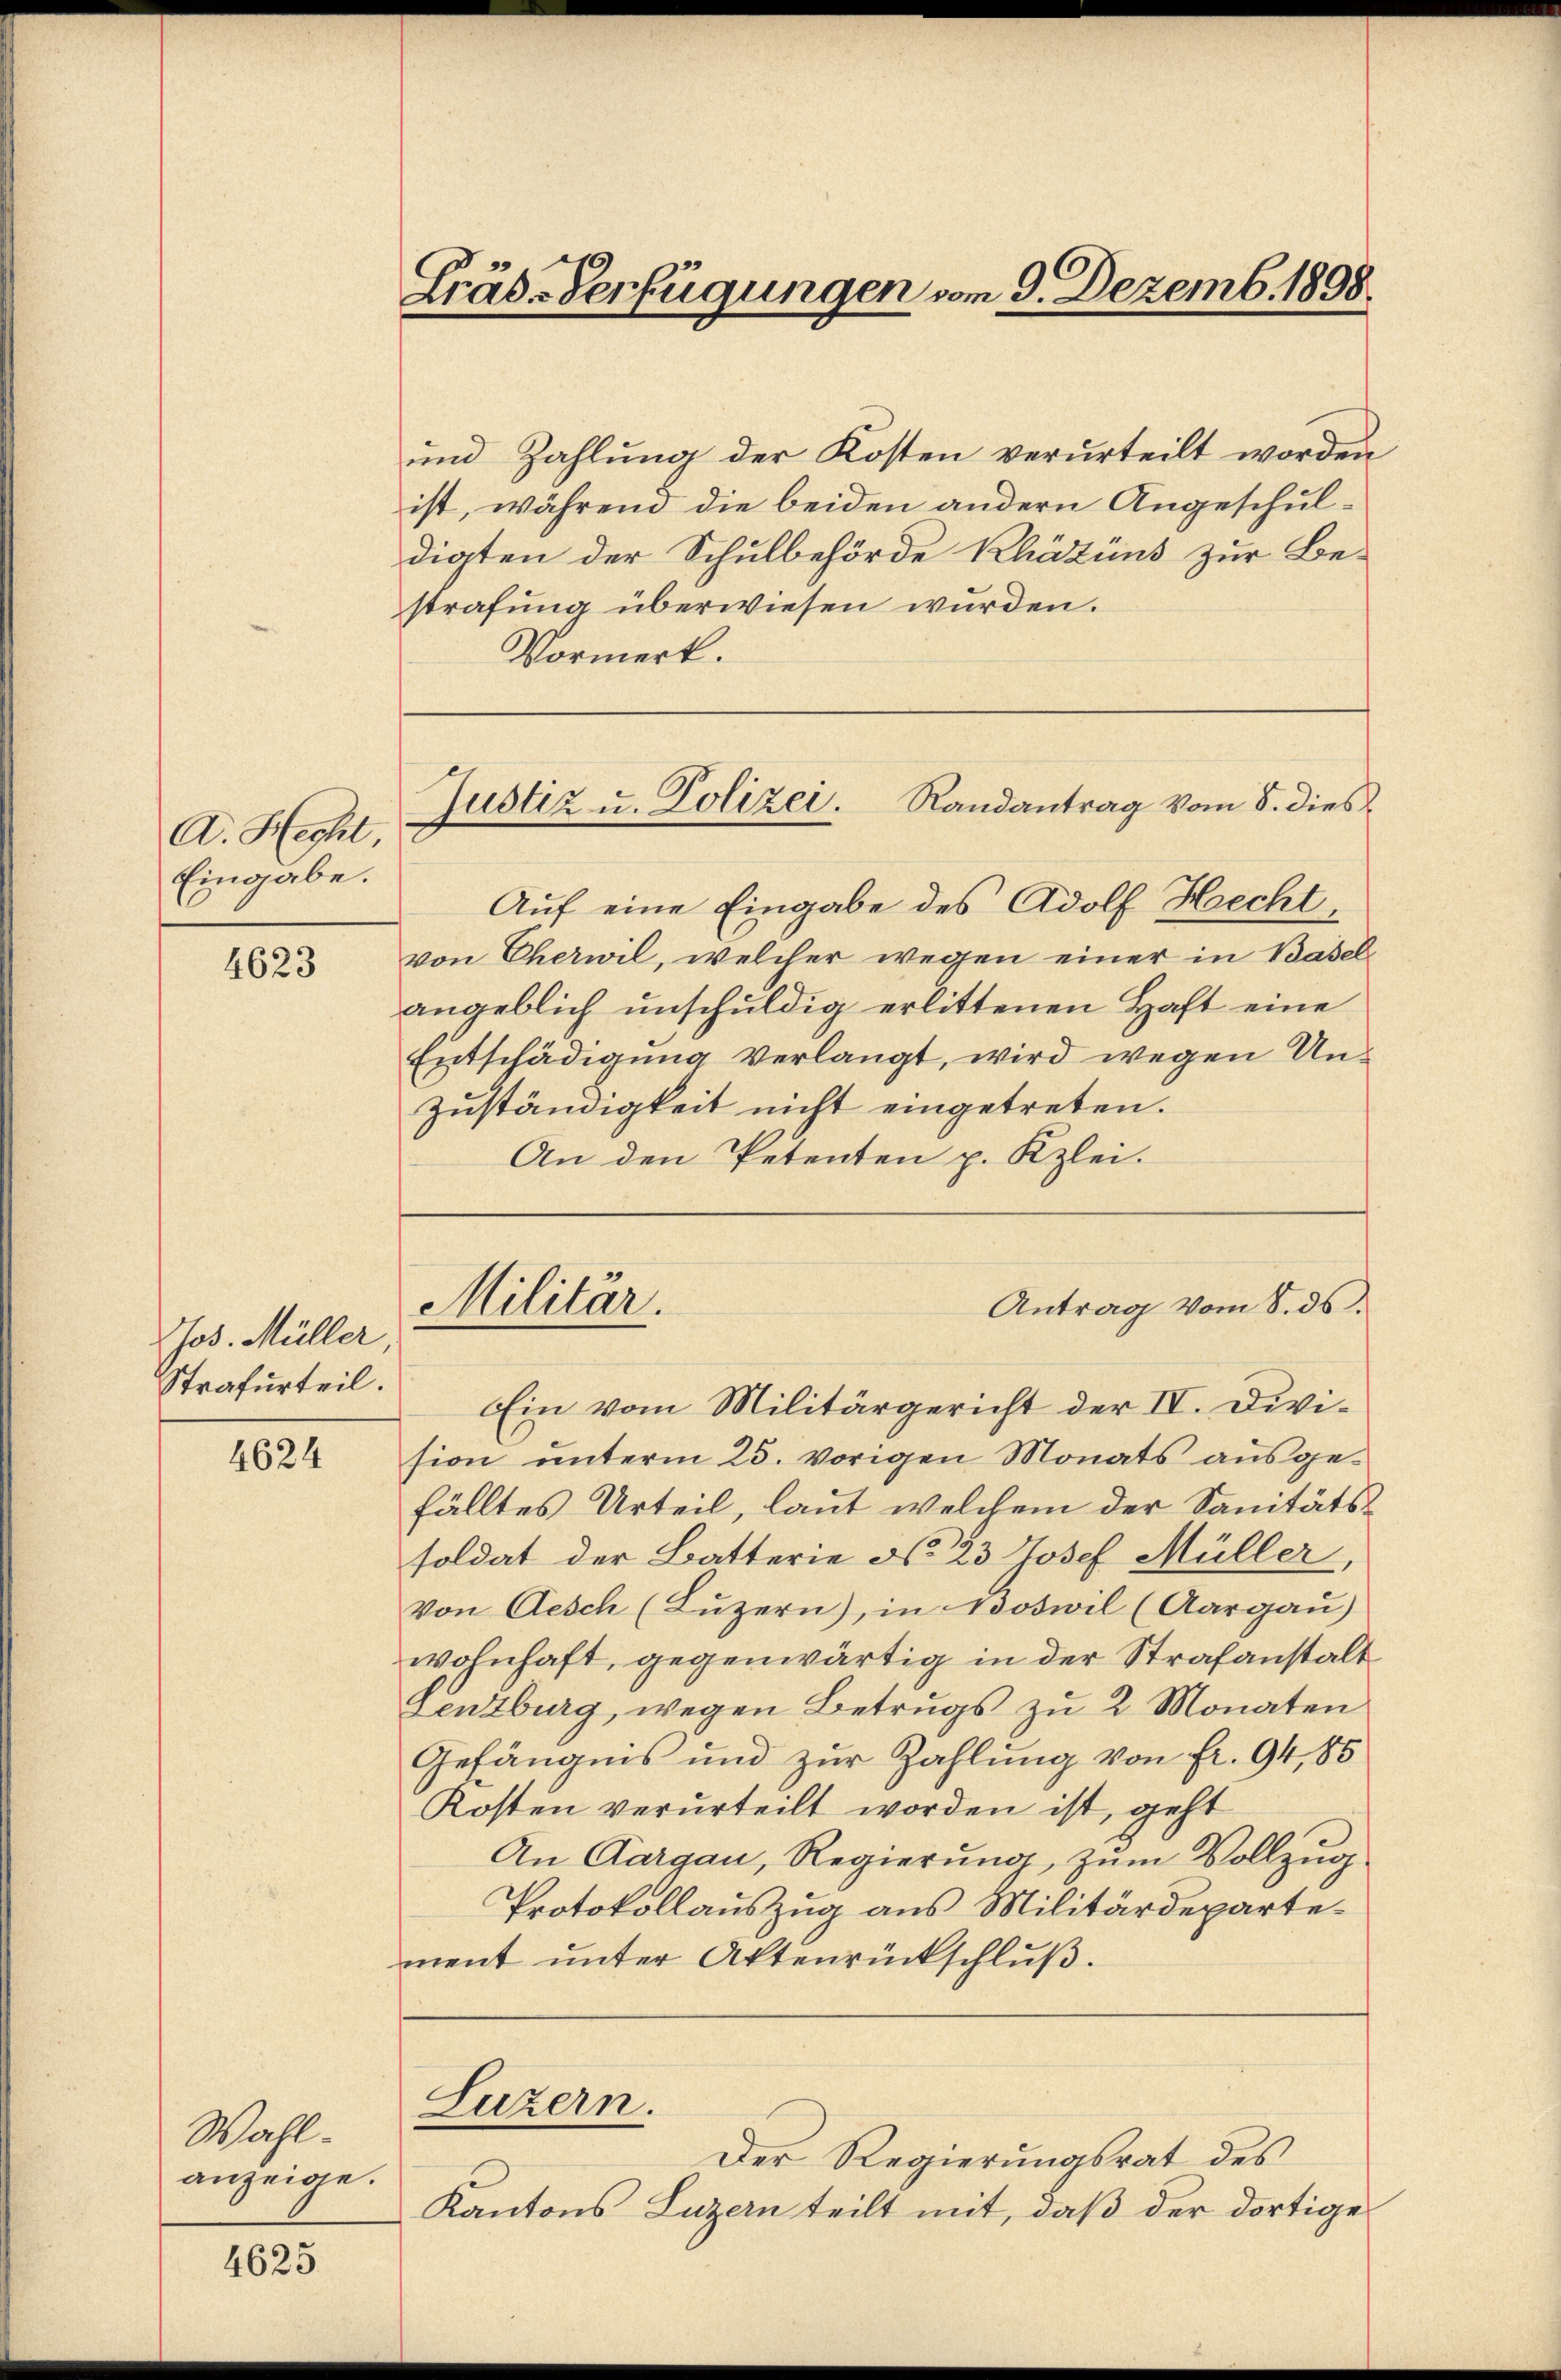
A. Hecht,
Eingabe.

4623

Jos. Müller,
Strafurteil.

4624

Wahlanzeige.

4625

Gräs-Verfügungen vom 9. Dezemb. 1898.

und Zahlŭng der Kosten verurteilt worden
ist, während die beiden andern Angeschuldigten der Schulbehörde Khäzüns zur Be-
strafung überwiesen wurden.
Vormerk.
Auf eine Eingabe des Adolf Hechtvon Cherwil, welcher wegen einer in Baselangeblich unschuldig erlittenen Haft eine
Entschädigung verlangt, wird wegen Un¬
Zuständigkeit nicht eingetreten.
An den Petenten p. Kzlei-
Antrag vom 8. ds.
Ein vom Militärgericht der IV. Division unterm 25. vorigen Monats ausgefälltes Urteil, laut welchem der Sanitätssoldat der Batterie No. 23 Josef Müller,
Von Aesch (Luzern), in Boswil (Aargau)
wohnhaft, gegenwärtig in der Strafanstalt
Lenzburg, wegen Betrugs zu 2 Monaten
Gefängnis und zur Zahlung von fr. 94,85
Kosten verurteilt worden ist, geht
An Aargau, Regierung, zum Vollzug
Protokollauszug aus Militärdepartement unter Aktenrückschluß.
Luzern.
Der Regierungsrat des
Kantons Luzern teilt mit, daß der dortige

Justiz u. Polizei. Randantrag vom 8. dies

Militär.